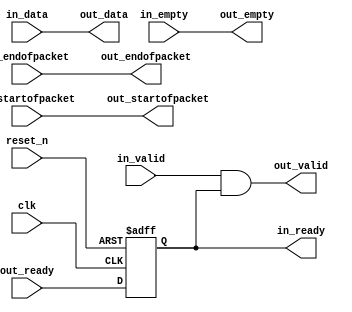
// --------------------------------------------------------------------------------
//| Avalon Streaming Timing Adapter
// --------------------------------------------------------------------------------
// altera message_level level1

`timescale 1ns / 100ps
module lcd_ta_sgdma_to_fifo (
    
      // Interface: clk
      input              clk,
      // Interface: reset
      input              reset_n,
      // Interface: in
      output reg         in_ready,
      input              in_valid,
      input      [63: 0] in_data,
      input              in_startofpacket,
      input              in_endofpacket,
      input      [ 2: 0] in_empty,
      // Interface: out
      input              out_ready,
      output reg         out_valid,
      output reg [63: 0] out_data,
      output reg         out_startofpacket,
      output reg         out_endofpacket,
      output reg [ 2: 0] out_empty
);




   // ---------------------------------------------------------------------
   //| Signal Declarations
   // ---------------------------------------------------------------------

   reg  [68: 0] in_payload;
   reg  [68: 0] out_payload;
   reg  [ 1: 0] ready;


   // ---------------------------------------------------------------------
   //| Payload Mapping
   // ---------------------------------------------------------------------
   always @* begin
     in_payload = {in_data,in_startofpacket,in_endofpacket,in_empty};
     {out_data,out_startofpacket,out_endofpacket,out_empty} = out_payload;
   end

   // ---------------------------------------------------------------------
   //| Ready & valid signals.
   // ---------------------------------------------------------------------
   always @* begin
     ready[1] = out_ready;
     out_valid = in_valid && ready[0];
     out_payload = in_payload;
     in_ready = ready[0];
   end


   always @(posedge clk or negedge reset_n) begin
      if (!reset_n) begin
        ready[1-1:0] <= 0;
      end else begin
        ready[1-1:0] <= ready[1:1];
      end 
   end


endmodule